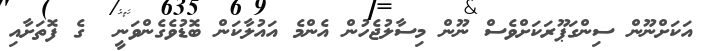
އަކަށްނޫން ސިންގަޕޫރަކަށްވެސް ނޫން މިސާލުޖެހުން އެންމެ އައުލާކަން ބޮޑުވެގެންވަނީ  ގެ ފޮތަށާއި